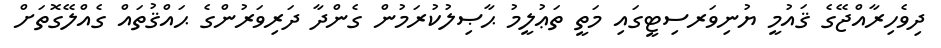
ދިވެހިރާއްޖޭގެ ޤައުމީ ޔުނިވަރސިޓީގައި މަތީ ތަޢުލީމު ޙާޞިލުކުރަމުން ގެންދާ ދަރިވަރުންގެ ޙައްޤުތައް ގެއްލޭގޮތަށް